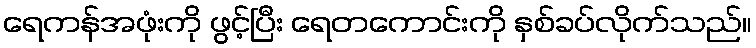
ရေကန်အဖုံးကို ဖွင့်ပြီး ရေတကောင်းကို နှစ်ခပ်လိုက်သည်။